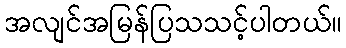
အလျင်အမြန်ပြသသင့်ပါတယ်။